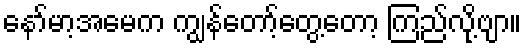
နော်မာ့အမေက ကျွန်တော့်တွေ့တော့ ကြည်လို့ဗျာ။